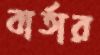
বার্তার